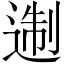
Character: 𨔈